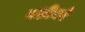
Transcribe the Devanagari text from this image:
मशीनएं